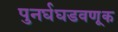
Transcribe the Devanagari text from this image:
पुनर्घघडवणूक